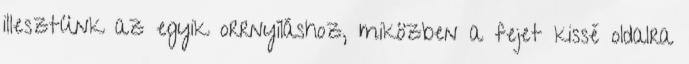
illesztünk az egyik orrnyíláshoz, miközben a fejet kissé oldalra